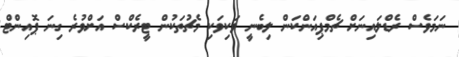
ނަމަވެސް ރެޑްލައިނަށް ޗެމްޕިއަންކަން ލިބެނީ ވަކިވަކި މެޗުތަކުން ޓީރެކްސް އަށްވުރެ ގިނަ ޕޮއިންޓް